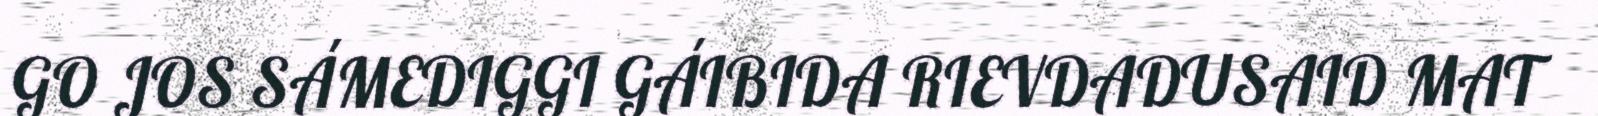
GO JOS SÁMEDIGGI GÁIBIDA RIEVDADUSAID MAT